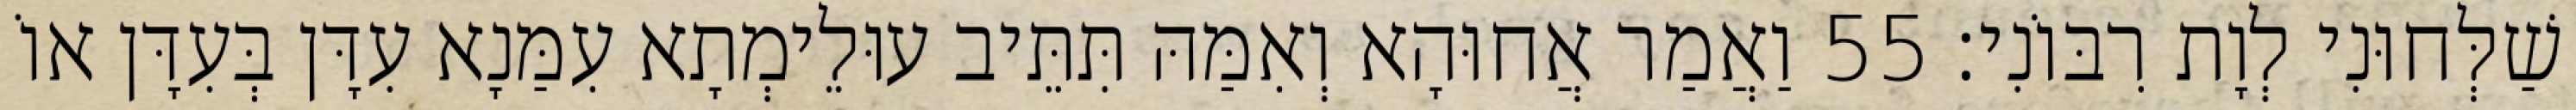
שַׁלְּחוּנִי לְוָת רִבּוֹנִי׃ 55 וַאֲמַר אֲחוּהָא וְאִמַּהּ תִּתֵּיב עוּלֵימְתָא עִמַּנָא עִדָּן בְּעִדָּן אוֹ